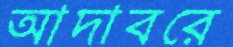
আদাবরে